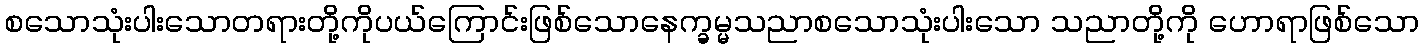
စသောသုံးပါးသောတရားတို့ကိုပယ်ကြောင်းဖြစ်သောနေက္ခမ္မသညာစသောသုံးပါးသော သညာတို့ကို ဟောရာဖြစ်သော